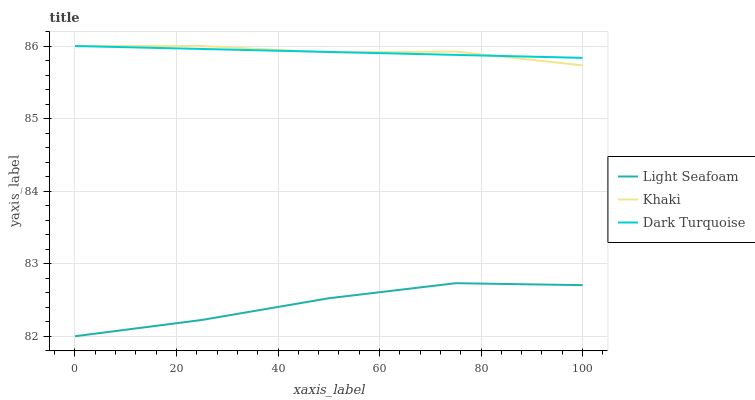
| xaxis_label | Light Seafoam | Khaki | Dark Turquoise |
 | --- | --- | --- | --- |
 | 0 | 82 | 86 | 86 |
 | 25 | 82.2 | 86 | 86 |
 | 50 | 82.5 | 85.9 | 85.9 |
 | 75 | 82.7 | 85.9 | 85.9 |
 | 100 | 82.7 | 85.7 | 85.8 |